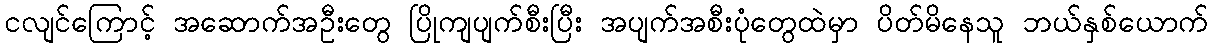
ငလျင်ကြောင့် အဆောက်အဦးတွေ ပြိုကျပျက်စီးပြီး အပျက်အစီးပုံတွေထဲမှာ ပိတ်မိနေသူ ဘယ်နှစ်ယောက်